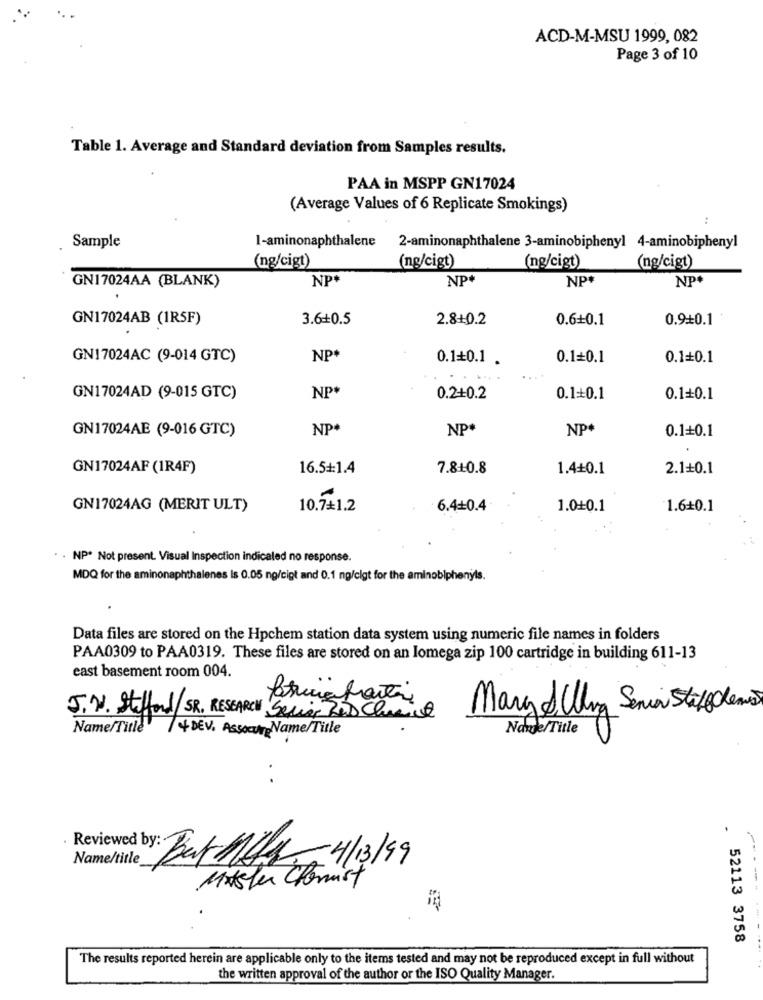
ACD-M-MSU 1999, 082
Page 3 of 10
Table 1. Average and Standard deviation from Samples results.
PAA in MSPP GN17024
(Average Values of 6 Replicate Smokings)
1-aminonaphthalene
Sample
2-aminonaphthalene 3-aminobiphenyl 4-aminobiphenyl
(ng/cigt)
(ng/cigt)
(ng/cigt)
(ng/cigt)
NP+
NP+
NP+
NP+
GN17024AA (BLANK)
GN17024AB (1R5F)
3.6+0.5
2.8+0.2
0.6+0.1
0.9+0.1
GN17024AC (9-014 GTC)
NP+
0.1+0.1 .
0.1=0.1
0.1+0.1
NP+
GN17024AD (9-015 GTC)
0.2+0.2
0.1+0.1
0.1+0.1
GN17024AE (9-016 GTC)
NP.
NP#
NP+
0.1+0.1
GN17024AF(1R4F)
16.5#:1.4
7.8+0.8
1.4+0.1
2.1+0.1
GN17024AG (MERIT ULT)
10.7+1.2
6.4+0.4
1.0+0.1
1.6+0.1
· NP* Not present. Visual Inspection indicaled no response.
MDQ for the aminonaphthalenes Is 0.05 ng/cipt and 0.1 ng/clgt for the aminobiphenyls.
Data files are stored on the Hpchem station data system using numeric file names in folders
PAA0309 to PAA0319. These files are stored on an Iomega zip 100 cartridge in building 611-13
east basement room 004.
Mary Uling Senior Stelen
J. W. Stafford/SR. RESEARCH Serier Zes Chemist
Name/Title /4 DEV. Assocute Name/Title
Nate/Title
..
-
Name/title
by: But 14/1 4/13/99
Mitsler Chemist
. 52113 3758
The results reported herein are applicable only to the items tested and may not be reproduced except in full without
the written approval of the author or the ISO Quality Manager.